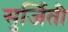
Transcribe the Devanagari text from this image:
सुर्जिती